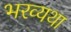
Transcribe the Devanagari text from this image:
भरव्यथा